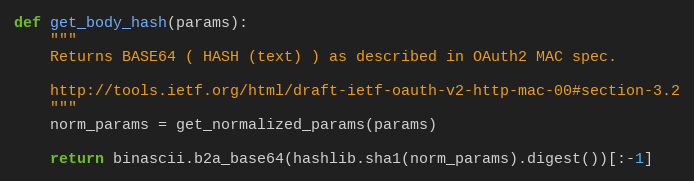
Language: Python
def get_body_hash(params):
    """
    Returns BASE64 ( HASH (text) ) as described in OAuth2 MAC spec.

    http://tools.ietf.org/html/draft-ietf-oauth-v2-http-mac-00#section-3.2
    """
    norm_params = get_normalized_params(params)

    return binascii.b2a_base64(hashlib.sha1(norm_params).digest())[:-1]